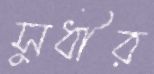
সুধীর